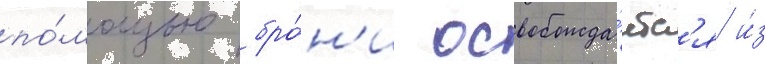
по́мощью бро́н'и освобожда́етс'я и́з